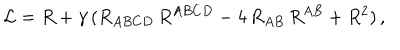
{ \cal L } = R + \gamma \, ( R _ { A B C D } \, R ^ { A B C D } - 4 \, R _ { A B } \, R ^ { A B } + R ^ { 2 } ) \, ,